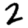
Digit: 2